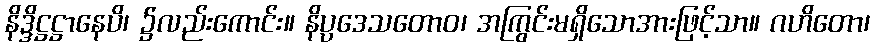
နိဒ္ဒိဋ္ဌဋ္ဌာနေပိ၊ ၌လည်းကောင်း။ နိပ္ပဒေသတောဝ၊ အကြွင်းမရှိသောအားဖြင့်သာ။ ဂဟိတော၊